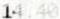
14.40